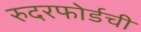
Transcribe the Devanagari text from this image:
रुदरफोर्डची